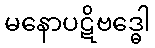
မနောပဋိဗဒ္ဓေါ